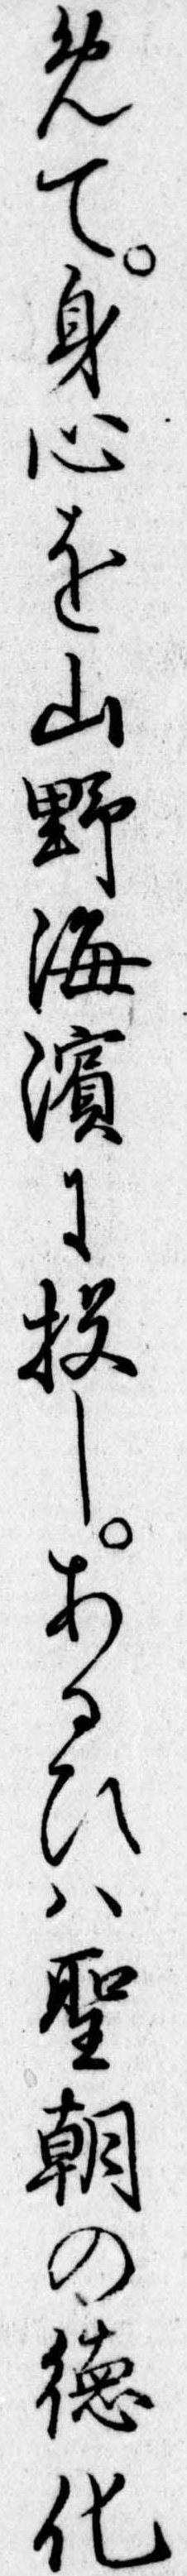
めて身心を山野海浜に投しあるひは聖朝の徳化